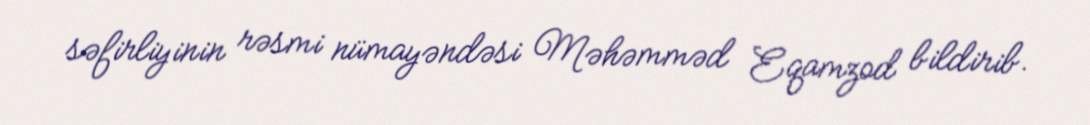
səfirliyinin rəsmi nümayəndəsi Məhəmməd Eqamzod bildirib.